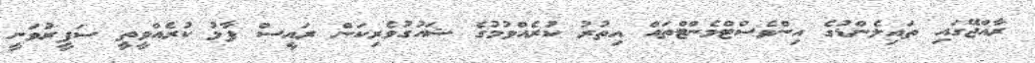
ރާއްޖޭގައި ތައިލެންޑުގެ އިންވެސްޓްމެންޓްތައް އިތުރު ކުރެއްވުމުގެ ޝައުގުވެރިކަން ރައީސް ފާޅު ކުރެއްވީތީ ސަފީރުވަނީ